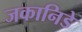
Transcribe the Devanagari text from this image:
जकानिडे